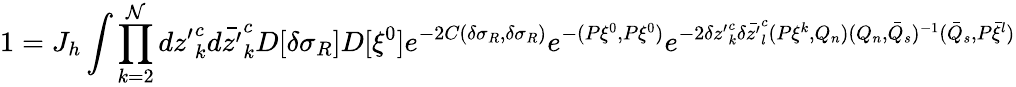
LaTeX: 1=J_{h}\int\prod_{k=2}^{\cal\mathcal{N}}d{z^{\prime}}_{k}^{c}d\bar{{z^{\prime}}}_{k}^{c}D[\delta\sigma_{R}]D[\xi^{0}]e^{-2C(\delta\sigma_{R},\delta\sigma_{R})}e^{-(P\xi^{0},P\xi^{0})}e^{-2\delta{z^{\prime}}_{k}^{c}\delta\bar{{z^{\prime}}}_{l}^{c}(P\xi^{k},Q_{n})(Q_{n},\bar{{Q}}_{s})^{-1}(\bar{{Q}}_{s},P\bar{{\xi}}^{l})}